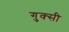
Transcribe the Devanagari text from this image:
गुक्सी